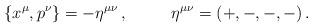
LaTeX: \begin{align*}\{x^\mu,p^\nu\} = -\eta^{\mu\nu}\,,~~~~~~~~\eta^{\mu\nu} =(+,-,-,-)\,.\end{align*}